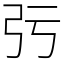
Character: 㢪